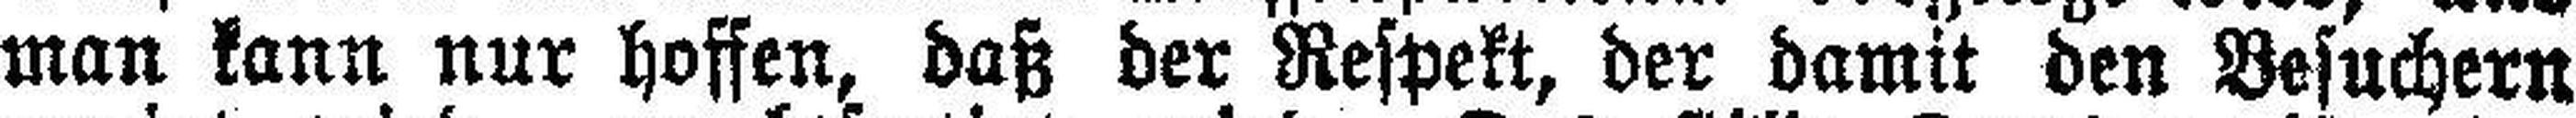
man kann nur hoffen, daß der Respekt, der damit den Besuchern